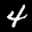
Label: 4